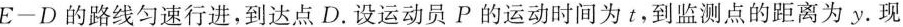
E-D的路线匀速行进，到达点D.设运动员P的运动时间为t，到监测点的距离为y·现